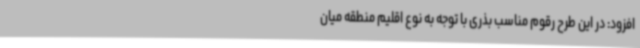
افزود: در این طرح رقوم مناسب بذری با توجه به نوع اقلیم منطقه میان